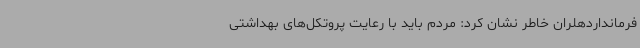
فرمانداردهلران خاطر نشان کرد: مردم باید با رعایت پروتکل‌های بهداشتی